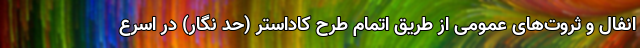
انفال و ثروت‌های عمومی از طریق اتمام طرح کاداستر (حد نگار) در اسرع